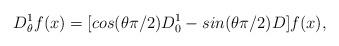
LaTeX: \begin{align*}D^{1}_{\theta}f(x)=[cos(\theta \pi /2)D^{1}_{0}-sin(\theta \pi /2)D]f(x),\end{align*}